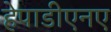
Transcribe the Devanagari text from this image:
हेपाडीएनए